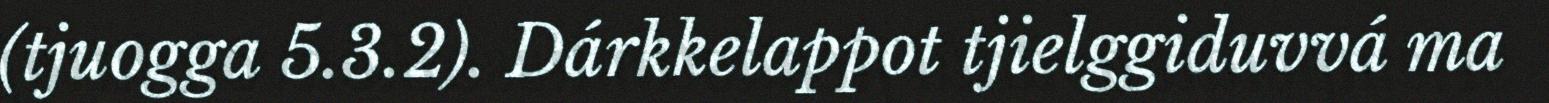
(tjuogga 5.3.2). Dárkkelappot tjielggiduvvá ma